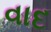
વાદ